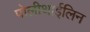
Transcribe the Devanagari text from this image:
पोलीथाईलिन